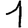
Digit: 1